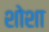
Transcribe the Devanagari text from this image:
शोशा